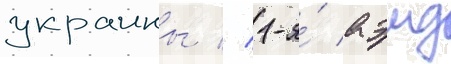
украины // 1-я́ аэмд